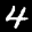
Label: 4